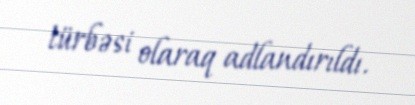
türbəsi olaraq adlandırıldı.